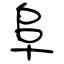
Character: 阜